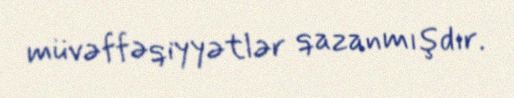
müvəffəqiyyətlər qazanmışdır.